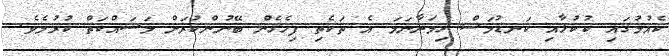
ކެއުމުގައި ކުކުޅާއި ކަނޑުމަސް ހިމަނާނަމަ އެ ތަކެތި ފިހެގެން ބޭނުންކުރަން މަސައްކަތް ކުރުމެވެ.